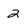
Character: 2